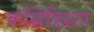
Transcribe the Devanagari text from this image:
काँसेप्टिस्टा